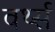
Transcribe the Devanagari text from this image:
वर्थ्स